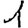
Digit: 1